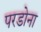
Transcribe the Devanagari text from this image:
परडोना